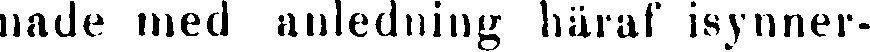
nade med anledning häraf isynner-